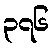
၃၇၆